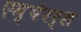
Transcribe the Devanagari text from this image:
एम्पेरर्स